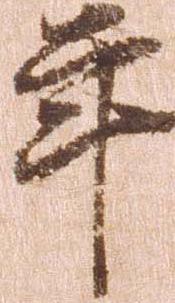
年